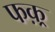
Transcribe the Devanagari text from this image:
फक़्र